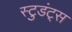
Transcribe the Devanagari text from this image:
स्टुडंट्‌स